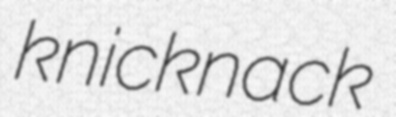
knicknack